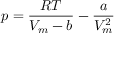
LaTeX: p = { \frac { R T } { V _ { m } - b } } - { \frac { a } { V _ { m } ^ { 2 } } }